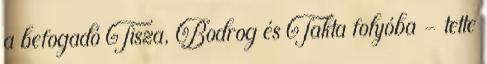
a befogadó Tisza, Bodrog és Takta folyóba - tette